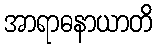
အာရာဓနာယာတိ